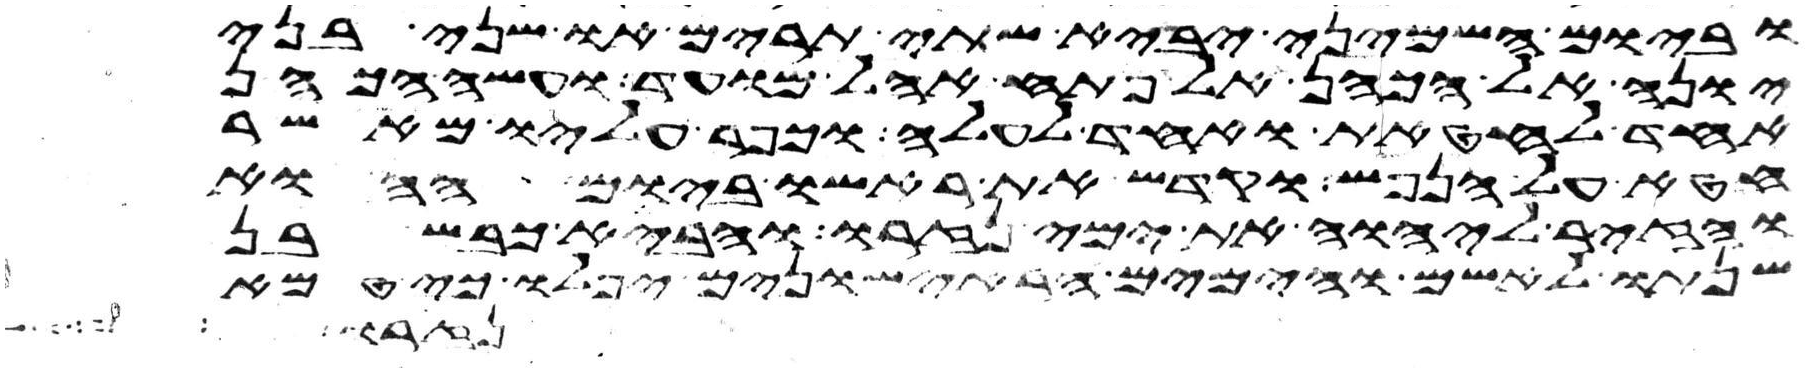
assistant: וביום השמיני יביא שתי תרים או שני בני
יונה אל הכהן אל פתח אהל מועד ועשה הכהן
אחד לחטאת ואחד לעלה וכפר עליו מאשר
חטא על הנפש וקדש את ראשו ביום ההוא
והזיר ליהוה את ימי נזרו והביא כבש בן
שנתו לאשם והימים הראישונים יפלו כי טמא
נזר